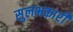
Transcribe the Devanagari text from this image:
सुलभकारी